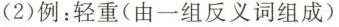
(2)例：轻重(由一组反反义词组成）